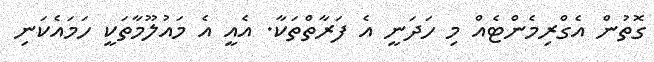
ގޮތުން އެގްރިމެންޓެއް މި ހަދަނީ އެ ފަރާތްތަކާ. އެއީ އެ މައުލޫމާތަކީ ހަމައެކަނި